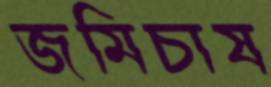
জমিচাষ